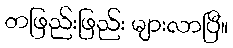
တဖြည်းဖြည်း များလာပြီ။